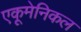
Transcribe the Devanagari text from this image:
एकूमेनिकल